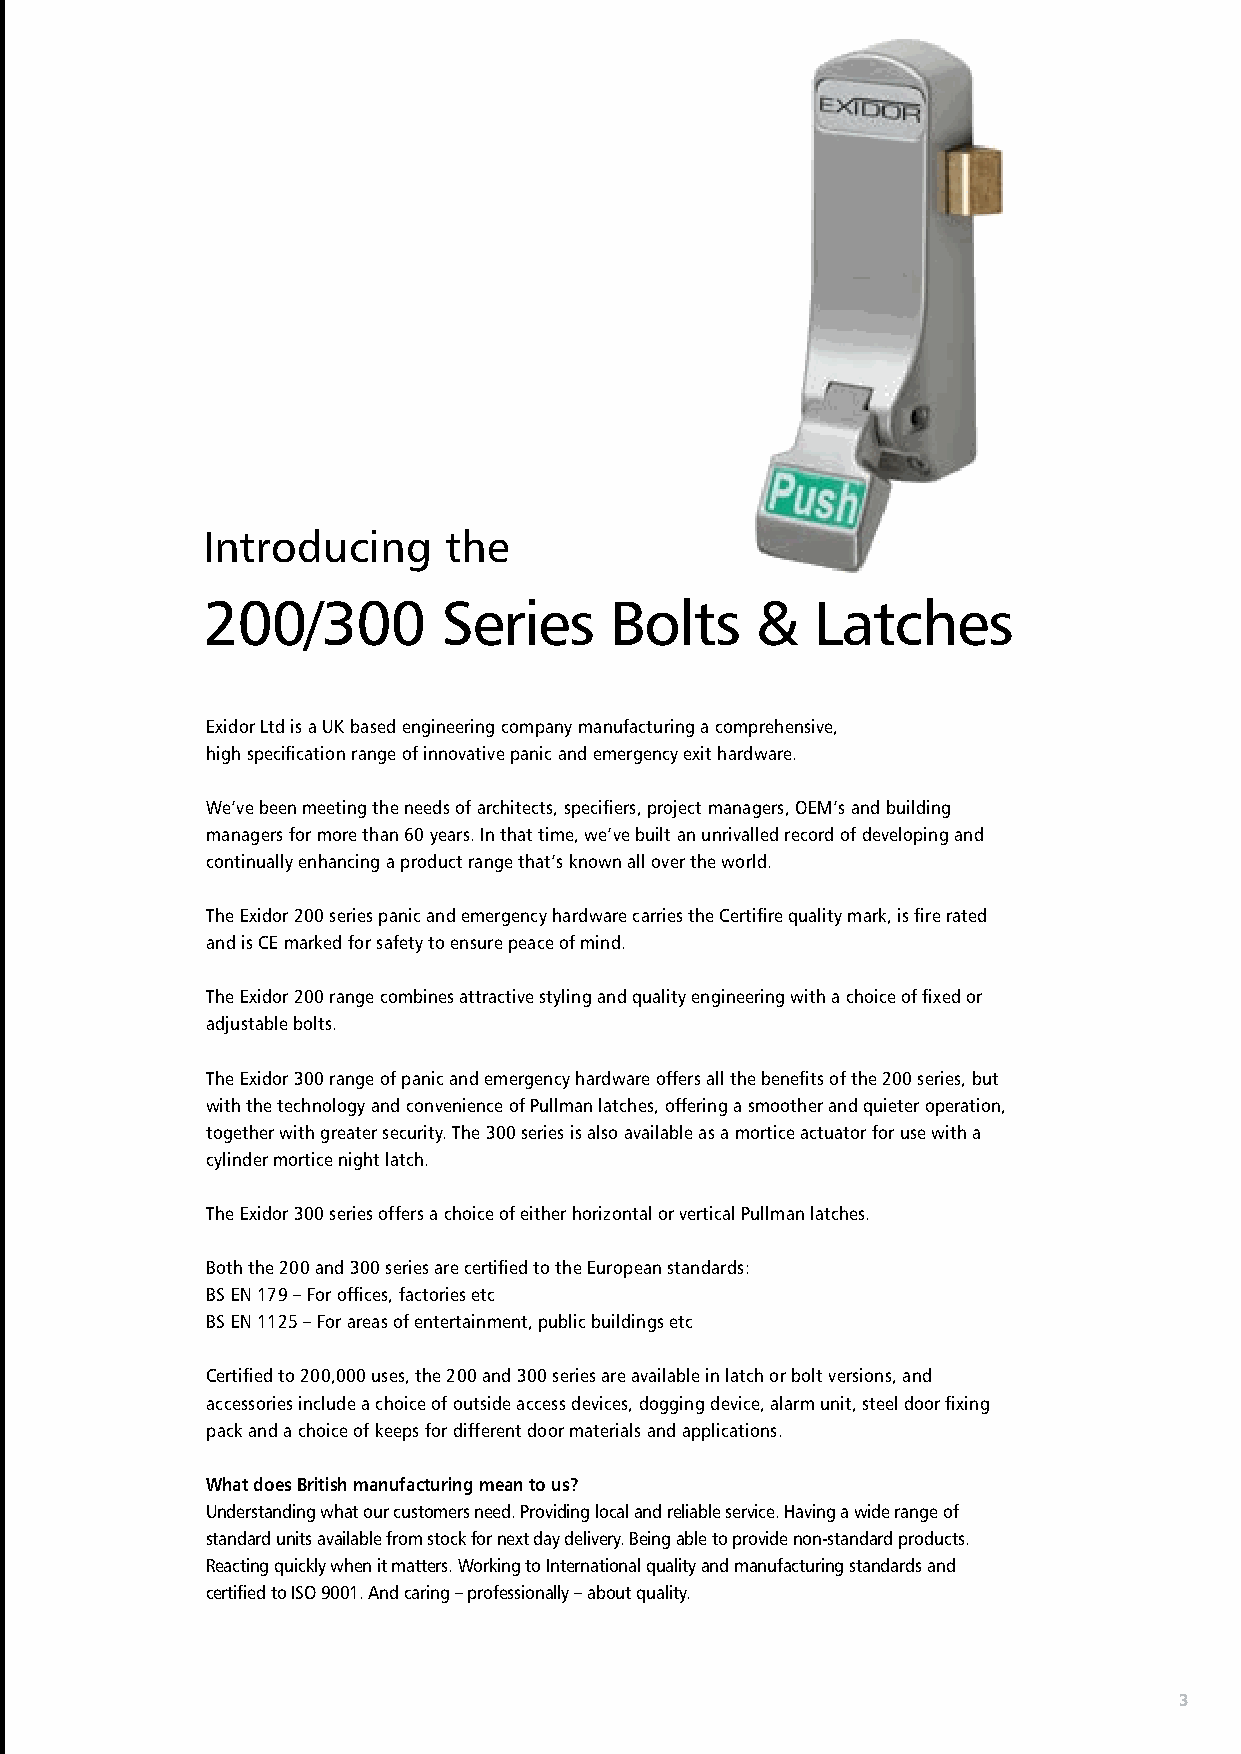
Introducing     the
 200/300         Series     Bolts     &   Latches
 Exidor Ltd is a UK based engineering company manufacturing a comprehensive,
 high specification range of innovative panic and emergency exit hardware.
 We’ve been meeting the needs of architects, specifiers, project managers, OEM’s and building
 managers for more than 60 years. In that time, we’ve built an unrivalled record of developing and
 continually enhancing a product range that’s known all over the world.
 The Exidor 200 series panic and emergency hardware carries the Certifire quality mark, is fire rated
 and is CE marked for safety to ensure peace of mind.
 The Exidor 200 range combines attractive styling and quality engineering with a choice of fixed or
 adjustable bolts.
 The Exidor 300 range of panic and emergency hardware offers all the benefits of the 200 series, but
 with the technology and convenience of Pullman latches, offering a smoother and quieter operation,
 together with greater security. The 300 series is also available as a mortice actuator for use with a
 cylinder mortice night latch.
 The Exidor 300 series offers a choice of either horizontal or vertical Pullman latches.
 Both the 200 and 300 series are certified to the European standards:
 BS EN 179 – For offices, factories etc
 BS EN 1125 – For areas of entertainment, public buildings etc
 Certified to 200,000 uses, the 200 and 300 series are available in latch or bolt versions, and
 accessories include a choice of outside access devices, dogging device, alarm unit, steel door fixing
 pack and a choice of keeps for different door materials and applications.
 What does British manufacturing mean to us?
 Understanding what our customers need. Providing local and reliable service. Having a wide range of
 standard units available from stock for next day delivery. Being able to provide non-standard products.
 Reacting quickly when it matters. Working to International quality and manufacturing standards and
 certified to ISO 9001. And caring – professionally – about quality.
 3